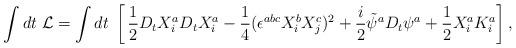
LaTeX: \begin{align*}\int dt\;{\cal L}=\int dt\;\left[\,\frac{1}{2}D_tX^a_iD_tX^a_i-\frac{1}{4}(\epsilon^{abc}X^b_iX^c_j)^2+\frac{i}{2}\tilde\psi^aD_t\psi^a+\frac{1}{2}X^a_iK^a_i \right],\end{align*}